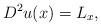
LaTeX: \begin{align*}D^2u(x)=L_x,\end{align*}